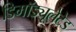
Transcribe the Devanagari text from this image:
डिमॉड्यूलेटेड